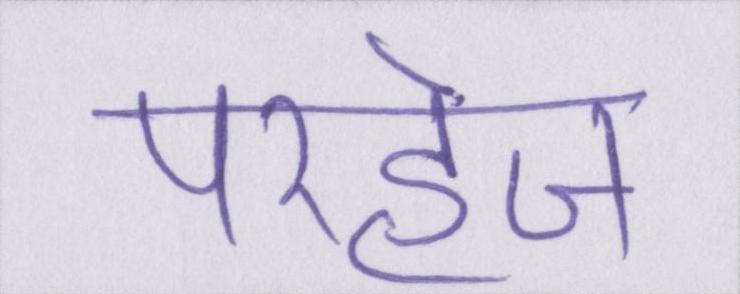
परहेज